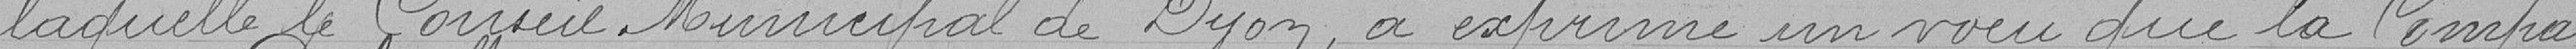
laquelle le Conseil Municipal de Dijon a exprimé un vœu que la Compa-